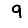
Digit: 9